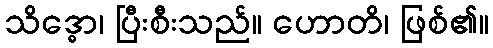
သိဒ္ဓော၊ ပြီးစီးသည်။ ဟောတိ၊ ဖြစ်၏။